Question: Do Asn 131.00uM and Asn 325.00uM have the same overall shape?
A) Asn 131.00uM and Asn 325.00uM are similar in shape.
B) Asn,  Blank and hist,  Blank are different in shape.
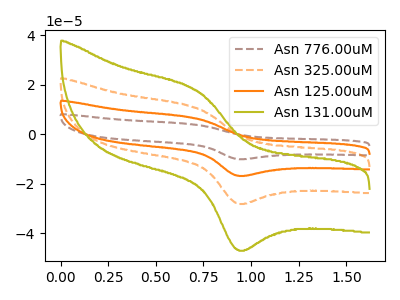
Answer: <think>The brown dashed curve "Asn 776.00uM" has an anodic peak at (0.70V, 31.85uA) and a cathodic peak at (0.95V, -84.10uA). The orange dashed curve "Asn 325.00uM" has an anodic peak at (0.70V, 10.60uA) and a cathodic peak at (0.95V, -28.05uA). The orange curve "Asn 125.00uM" has an anodic peak at (0.70V, 21.25uA) and a cathodic peak at (0.95V, -56.10uA). The olive curve "Asn 131.00uM" has an anodic peak at (0.70V, 17.75uA) and a cathodic peak at (0.95V, -46.85uA).
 All the peaks in "Asn 131.00uM" have a peak in "Asn 325.00uM" at the same potential. Every peak in "Asn 131.00uM" is higher than every peak in "Asn 325.00uM".</think>
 <answer>A) "Asn 131.00uM" and "Asn 325.00uM" are similar in shape.</answer>
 <eval>A</eval>